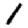
Digit: 1